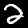
Label: 2